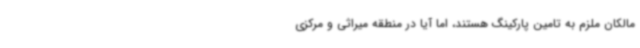
مالکان ملزم به تامین پارکینگ هستند، اما آیا در منطقه میراثی و مرکزی